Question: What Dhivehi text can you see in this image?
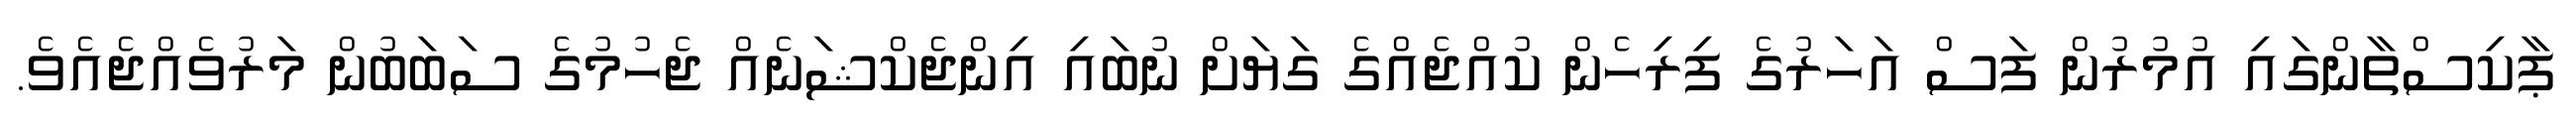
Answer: ޕާކިސްތާންގައި އުމުރުން ފަސް އަހަރުގެ ފިރިހެން ކުއްޖެއްގެ ގަޔަށް ނުބައި އިންޖެކްޝަނެއް ޖެހުމުގެ ސަބަބުން މަރުވެއްޖެއެވެ.